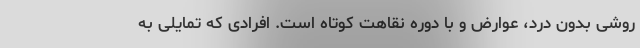
روشی بدون درد، عوارض و با دوره نقاهت کوتاه است. افرادی که تمایلی به